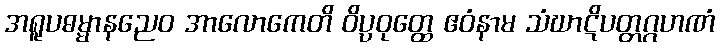
အရူပဓမ္မာနညေဝ အာလောကေတိ ဝိပ္ပဝုတ္ထေ ဧဝံနာမ သံဃာဋိပတ္တဂ္ဂဟဏံ